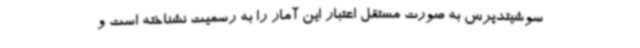
سوشیتدپرس به صورت مستقل اعتبار این آمار را به رسمیت نشناخته است و